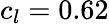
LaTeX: c_{l}=0.62